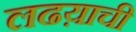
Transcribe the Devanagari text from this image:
लढय़ाची